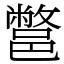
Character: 鄨